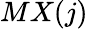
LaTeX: MX(j)